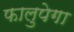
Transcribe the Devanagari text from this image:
फालुपेगा